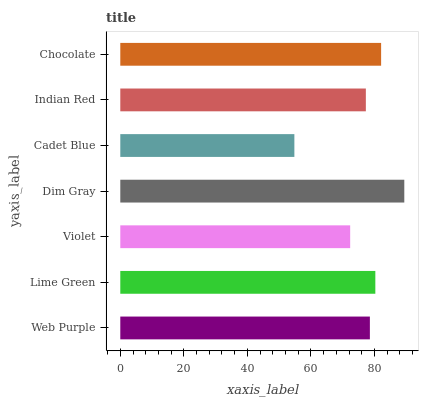
| yaxis_label | bars |
 | --- | --- |
 | Web Purple | 78.5 |
 | Lime Green | 80.2 |
 | Violet | 72.3 |
 | Dim Gray | 89.4 |
 | Cadet Blue | 54.8 |
 | Indian Red | 77.3 |
 | Chocolate | 82.1 |